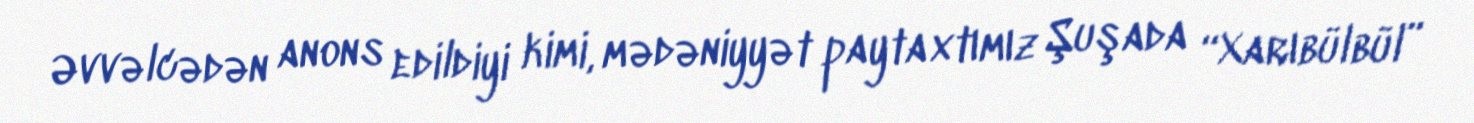
Əvvəlcədən anons edildiyi kimi, mədəniyyət paytaxtımız Şuşada “Xarıbülbül”